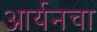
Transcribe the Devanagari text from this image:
आर्यनचा